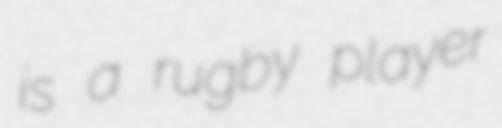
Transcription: is a rugby player